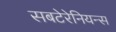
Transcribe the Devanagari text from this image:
सबटेरेनियन्स